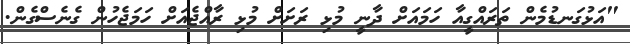
"އަޅުގަނޑުމެން ތަރައްގީއާ ހަމައަށް ދާނީ މުޅި ރަށަށް މުޅި ރާއްޖެއަށް ހަމަޖެހުން ގެނެސްގެން.